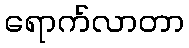
ရောက်လာတာ